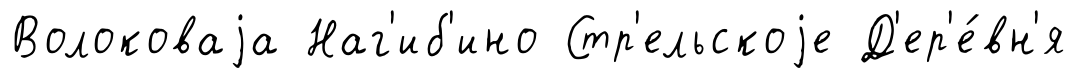
Волоковаjа Наг'иб'ино Стр'ельскоjе Д'ер'е́вн'я